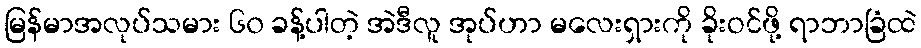
မြန်မာအလုပ်သမား ၆၀ ခန့်ပါတဲ့ အဲဒီလူ အုပ်ဟာ မလေးရှားကို ခိုးဝင်ဖို့ ရာဘာခြံထဲ